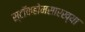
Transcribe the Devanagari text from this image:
स्टॉकहोमसारख्या